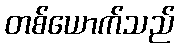
တစ်ယောက်သည်